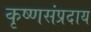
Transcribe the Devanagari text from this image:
कृष्णसंप्रदाय